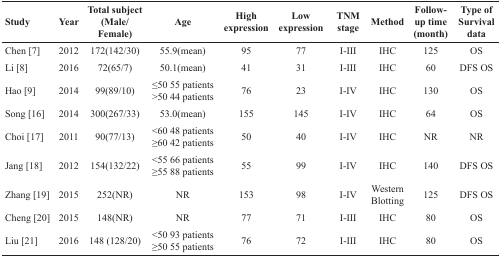
| Study | Year | Total subject (Male/Female) | Age | High expression | Low expression | TNM stage | Method | Follow-up time (month) | Type of Survival data |
 | --- | --- | --- | --- | --- | --- | --- | --- | --- | --- |
 | Chen [7] | 2012 | 172(142/30) | 55.9(mean) | 95 | 77 | I-III | IHC | 125 | OS |
 | Li [8] | 2016 | 72(65/7) | 50.1(mean) | 41 | 31 | I-III | IHC | 60 | DFS OS |
 | Hao [9] | 2014 | 99(89/10) | ≤50 55 patients>50 44 patients | 76 | 23 | I-IV | IHC | 130 | OS |
 | Song [16] | 2014 | 300(267/33) | 53.0(mean) | 155 | 145 | I-IV | IHC | 64 | OS |
 | Choi [17] | 2011 | 90(77/13) | <60 48 patients≥60 42 patients | 50 | 40 | I-IV | IHC | NR | NR |
 | Jang [18] | 2012 | 154(132/22) | <55 66 patients≥55 88 patients | 55 | 99 | I-IV | IHC | 140 | DFS OS |
 | Zhang [19] | 2015 | 252(NR) | NR | 153 | 98 | I-IV | Western Blotting | 125 | DFS OS |
 | Cheng [20] | 2015 | 148(NR) | NR | 77 | 71 | I-III | IHC | 80 | OS |
 | Liu [21] | 2016 | 148 (128/20) | <50 93 patients≥50 55 patients | 76 | 72 | I-III | IHC | 80 | OS |